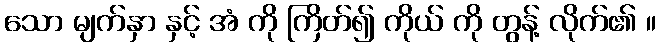
သော မျက်နှာ နှင့် အံ ကို ကြိတ်၍ ကိုယ် ကို တွန့် လိုက်၏ ။